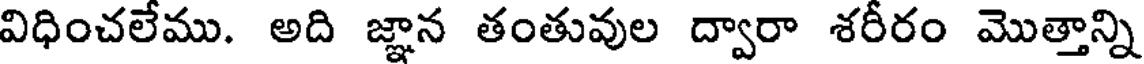
విధించలేము. అది జ్ఞాన తంతువుల ద్వారా శరీరం మొత్తాన్ని